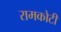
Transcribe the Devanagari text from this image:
रामकोटी